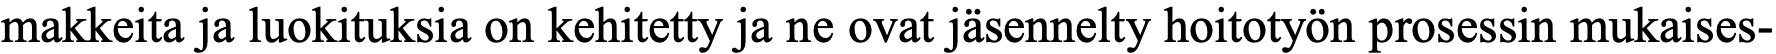
makkeita ja luokituksia on kehitetty ja ne ovat jäsennelty hoitotyön prosessin mukaises-